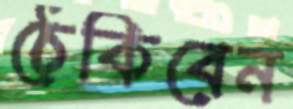
ঠেকিবেন